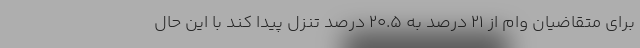
برای متقاضیان وام از ۲۱ درصد به ۲۰.۵ درصد تنزل پیدا کند با این حال